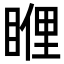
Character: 𥈯